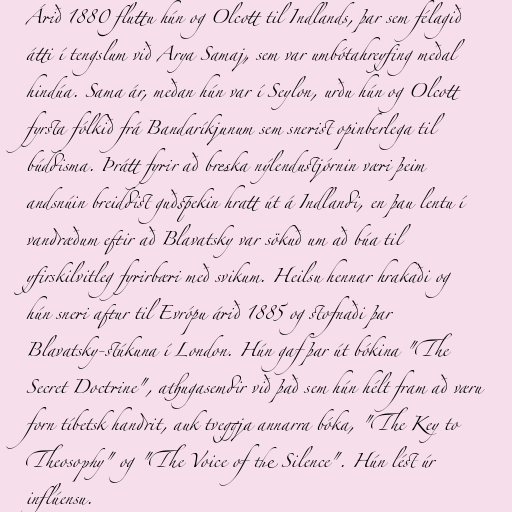
Árið 1880 fluttu hún og Olcott til Indlands, þar sem félagið
átti í tengslum við Arya Samaj, sem var umbótahreyfing meðal
hindúa. Sama ár, meðan hún var í Seylon, urðu hún og Olcott
fyrsta fólkið frá Bandaríkjunum sem snerist opinberlega til
búddisma. Þrátt fyrir að breska nýlendustjórnin væri þeim
andsnúin breiddist guðspekin hratt út á Indlandi, en þau lentu í
vandræðum eftir að Blavatsky var sökuð um að búa til
yfirskilvitleg fyrirbæri með svikum. Heilsu hennar hrakaði og
hún sneri aftur til Evrópu árið 1885 og stofnaði þar
Blavatsky-stúkuna í London. Hún gaf þar út bókina "The
Secret Doctrine", athugasemdir við það sem hún hélt fram að væru
forn tíbetsk handrit, auk tveggja annarra bóka, "The Key to
Theosophy" og "The Voice of the Silence". Hún lést úr
inflúensu.